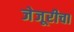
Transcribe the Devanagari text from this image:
जेजूरीचा